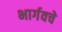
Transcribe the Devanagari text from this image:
भार्गवचे